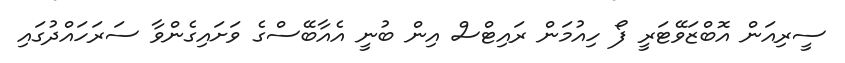
ސީރިއަން އޮބްޒަވޭޓަރީ ފޯ ހިއުމަން ރައިޓްސް އިން ބުނީ އެއާބޭސްގެ ވަށައިގެންވާ ސަރަހައްދުގައި